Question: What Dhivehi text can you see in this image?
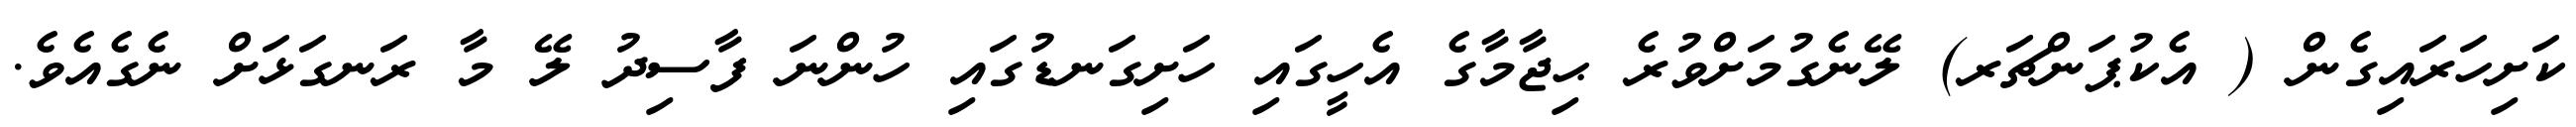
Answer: ކަށިހަރައިގެން ( އެކުޕަންޗަރ) ލޭނެގުމަށްވުރެ ޙިޖާމާގެ އެހީގައި ހަށިގަނޑުގައި ހުންނަ ފާސިދު ލޭ މާ ރަނގަޅަށް ނެގެއެވެ.